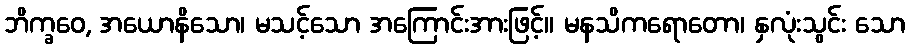
ဘိက္ခဝေ, အယောနိသော၊ မသင့်သော အကြောင်းအားဖြင့်။ မနသိကရောတော၊ နှလုံးသွင်း သော